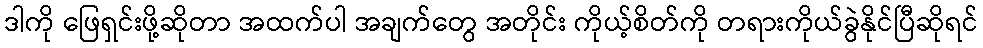
ဒါကို ဖြေရှင်းဖို့ဆိုတာ အထက်ပါ အချက်တွေ အတိုင်း ကိုယ့်စိတ်ကို တရားကိုယ်ခွဲနိုင်ပြီဆိုရင်